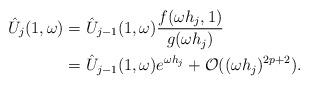
LaTeX: \begin{align*}\hat{U}_j(1,\omega) &= \hat{U}_{j-1}(1,\omega)\frac{f(\omega h_j, 1)}{g(\omega h_j)} \\ &= \hat{U}_{j-1}(1,\omega)e^{\omega h_j} + \mathcal{O}((\omega h_j)^{2p+2}). \end{align*}